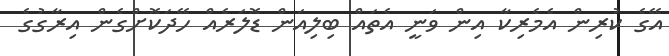
އޭގެ ކުރިން އެމެރިކާ އިން ވަނީ އެތައް ބިލިއަން ޑޮލަރެއް ހޭދަކޮށްގެން އިރާގުގެ